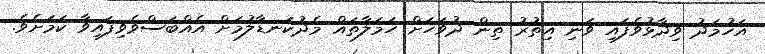
އަހުމަދު ވިދާޅުވެފައި ވަނި އިތުރު ތިން ދުވަހަށް ހަމަލާތައް މެދުކަނޑާލުމަށް އެއްބަސްވެވިފައިވާ ކަމަށެވެ.